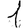
Digit: 1